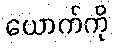
ယောက်ကို